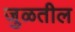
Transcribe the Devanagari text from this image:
जुळतील